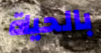
بالحياة